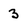
Character: 3